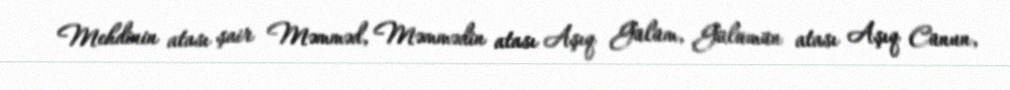
Mehdinin atası şair Məmməd, Məmmədin atası Aşıq Gülüm, Gülümün atası Aşıq Cünun,